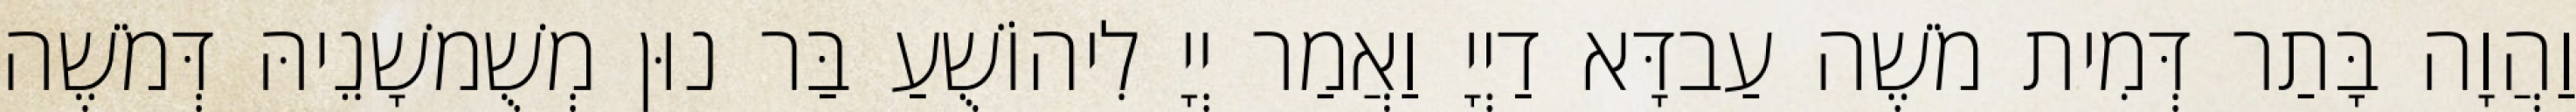
וַהֲוָה בָּתַר דְּמִית מֹשֶׁה עַבדָּא דַיְיָ וַאֲמַר יְיָ לִיהוֹשֻׁעַ בַּר נוּן מְשֻׁמשָׁנֵיהּ דְּמֹשֶׁה